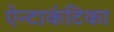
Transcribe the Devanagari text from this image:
ऐन्टार्कटिका